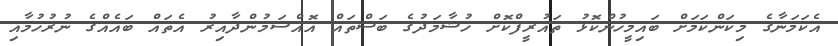
އެކަމަނާގެ މިކަންކަމަށް ބައިމީހުންކޮޅު ތައުރީފްކޮށް ހުޝާމަދުގެ ބަސްތައް އޮއްސަމުންދާއިރު އެތައް ބައެއްގެ ނުރުހުމާއި